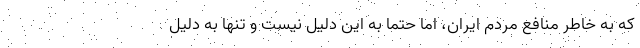
که به خاطر منافع مردم ایران، اما حتما به این دلیل نیست و تنها به دلیل